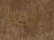
وثقنا